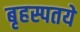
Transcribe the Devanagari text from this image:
बृहस्पतये